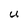
Character: U